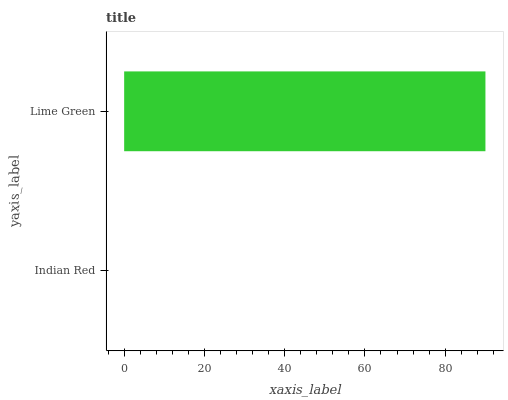
| yaxis_label | bars |
 | --- | --- |
 | Indian Red | 0 |
 | Lime Green | 90 |